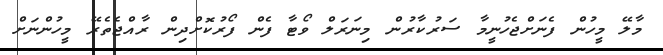
މާލޭ މީހުން ފެނަށްޖެހުނީމާ ސަރުކާރުން މިނަރަލް ވޯޓާ ފެން ފޯރުކޮށްދިން ރާއްޖެތެރޭ މީހުންނަށް